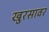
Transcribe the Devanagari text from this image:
खुरसावर